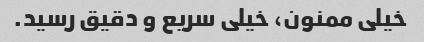
خیلی ممنون، خیلی سریع و دقیق رسید.